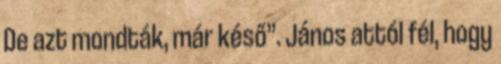
De azt mondták, már késő”. János attól fél, hogy